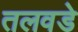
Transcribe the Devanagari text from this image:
तलवडे